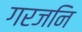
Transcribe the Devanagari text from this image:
गरजनि